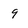
Character: 9